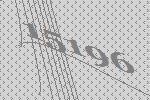
15196